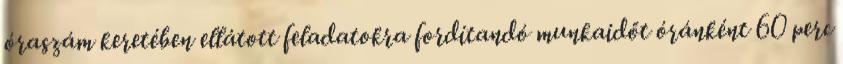
óraszám keretében ellátott feladatokra fordítandó munkaidőt óránként 60 perc